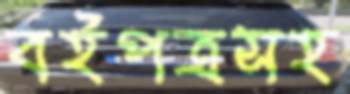
বইপত্রসহ